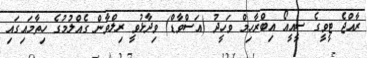
ރާއްޖެ ޓީވީގެ ސީއީއޯ އިބްރާހިމް ވަހީދު (އަސްވާޑް) ވިދާޅުވީ ރިލްވާން ގެއްލުމުގެ ހިތާމައިގައި